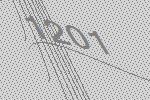
1201